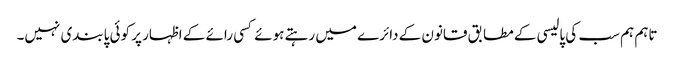
تاہم ہم سب کی پالیسی کے مطابق قانون کے دائرے میں رہتے ہوئے کسی رائے کے اظہار پر کوئی پابندی نہیں۔